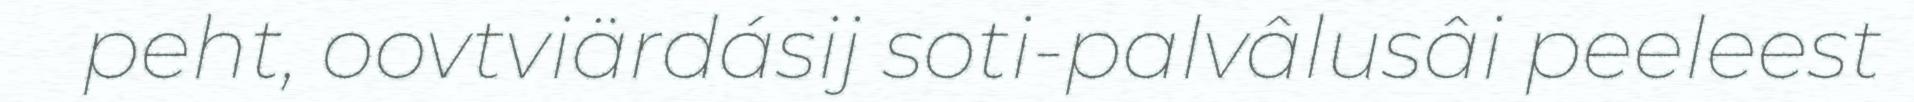
peht, oovtviärdásij soti-palvâlusâi peeleest